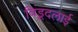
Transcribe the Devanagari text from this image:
विड़ूदलाई